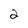
Character: 2